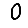
Digit: 0